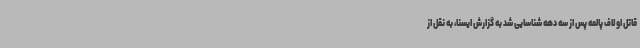
قاتل اولاف پالمه پس از سه دهه شناسایی شد به گزارش ایسنا، به نقل از